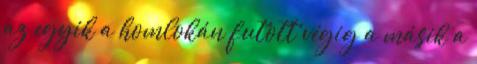
az egyik a homlokán futott végig a másik a